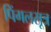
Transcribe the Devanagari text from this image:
पिंगलसूत्र